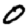
Digit: 0